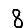
Digit: 8